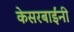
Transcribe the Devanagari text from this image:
केसरबाईंनी